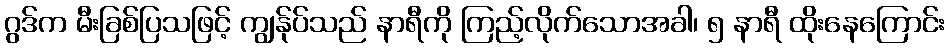
ဂွဒ်က မီးခြစ်ပြသဖြင့် ကျွန်ုပ်သည် နာရီကို ကြည့်လိုက်သောအခါ၊ ၅ နာရီ ထိုးနေကြောင်း